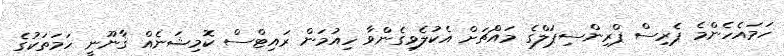
ހަމައެހެންމެ ޕެރިސް ޕްރިންސިޕަލްގެ މައްޗަށް އެކުލެވިގެންވާ ހިއުމަން ރައިޓްސް ކޮމިޝަނެއް ޤާނޫނީ ހަމަތަކުގެ